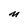
Character: M